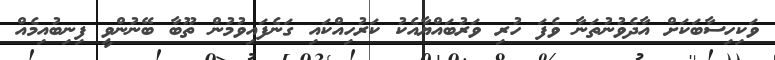
ވަކިހިސާބަކަށް އާދެވުނުތަނާ ވެފަ ހުރި ވަރުބައްޔާއެކު ކަރުހިއްކައި ގަނެފައިވުމުން ތޫބާ ބޭނުންވީ ފިނިބުއިމެއް